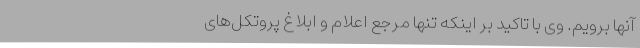
آنها برویم. وی با تاکید بر اینکه تنها مرجع اعلام و ابلاغ پروتکل‌های